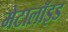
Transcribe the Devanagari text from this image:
मेटालॉइड